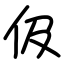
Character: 伋